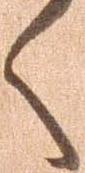
く